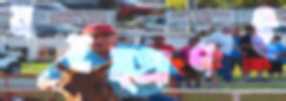
মহত্প্রাণই